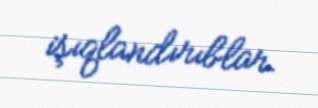
işıqlandırıblar.